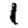
Digit: 1